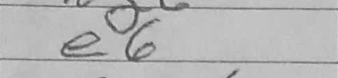
Transcription: e6